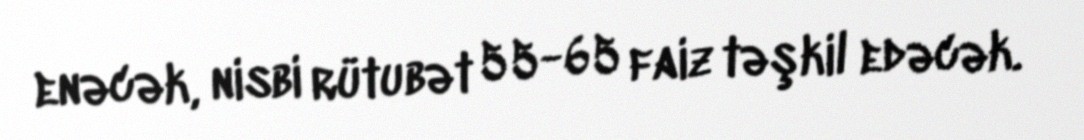
enəcək, nisbi rütubət 55-65 faiz təşkil edəcək.